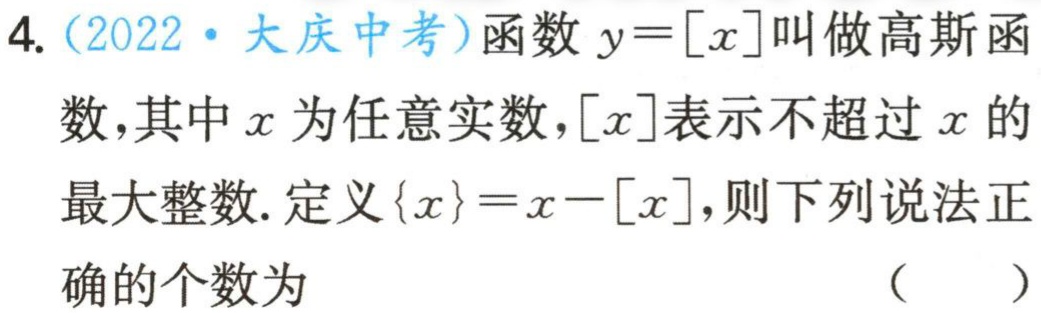
4.（2022·大庆中考）函数\(y = [x]\)叫做高斯函数，其中\(x\)为任意实数，\([x]\)表示不超过\(x\)的最大整数. 定义\(\{x\}=x - [x]\)，则下列说法正确的个数为 （  ）